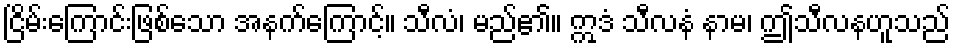
ငြိမ်းကြောင်းဖြစ်သော အနက်ကြောင့်။ သီလံ၊ မည်၏။ ဣဒံ သီလနံ နာမ၊ ဤသီလနဟူသည်